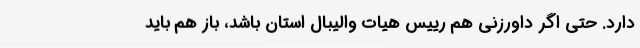
دارد. حتی اگر داورزنی هم رییس هیات والیبال استان باشد، باز هم باید